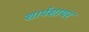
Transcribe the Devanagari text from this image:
शार्पशायर